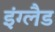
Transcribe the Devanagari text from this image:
इंग्‍लैड